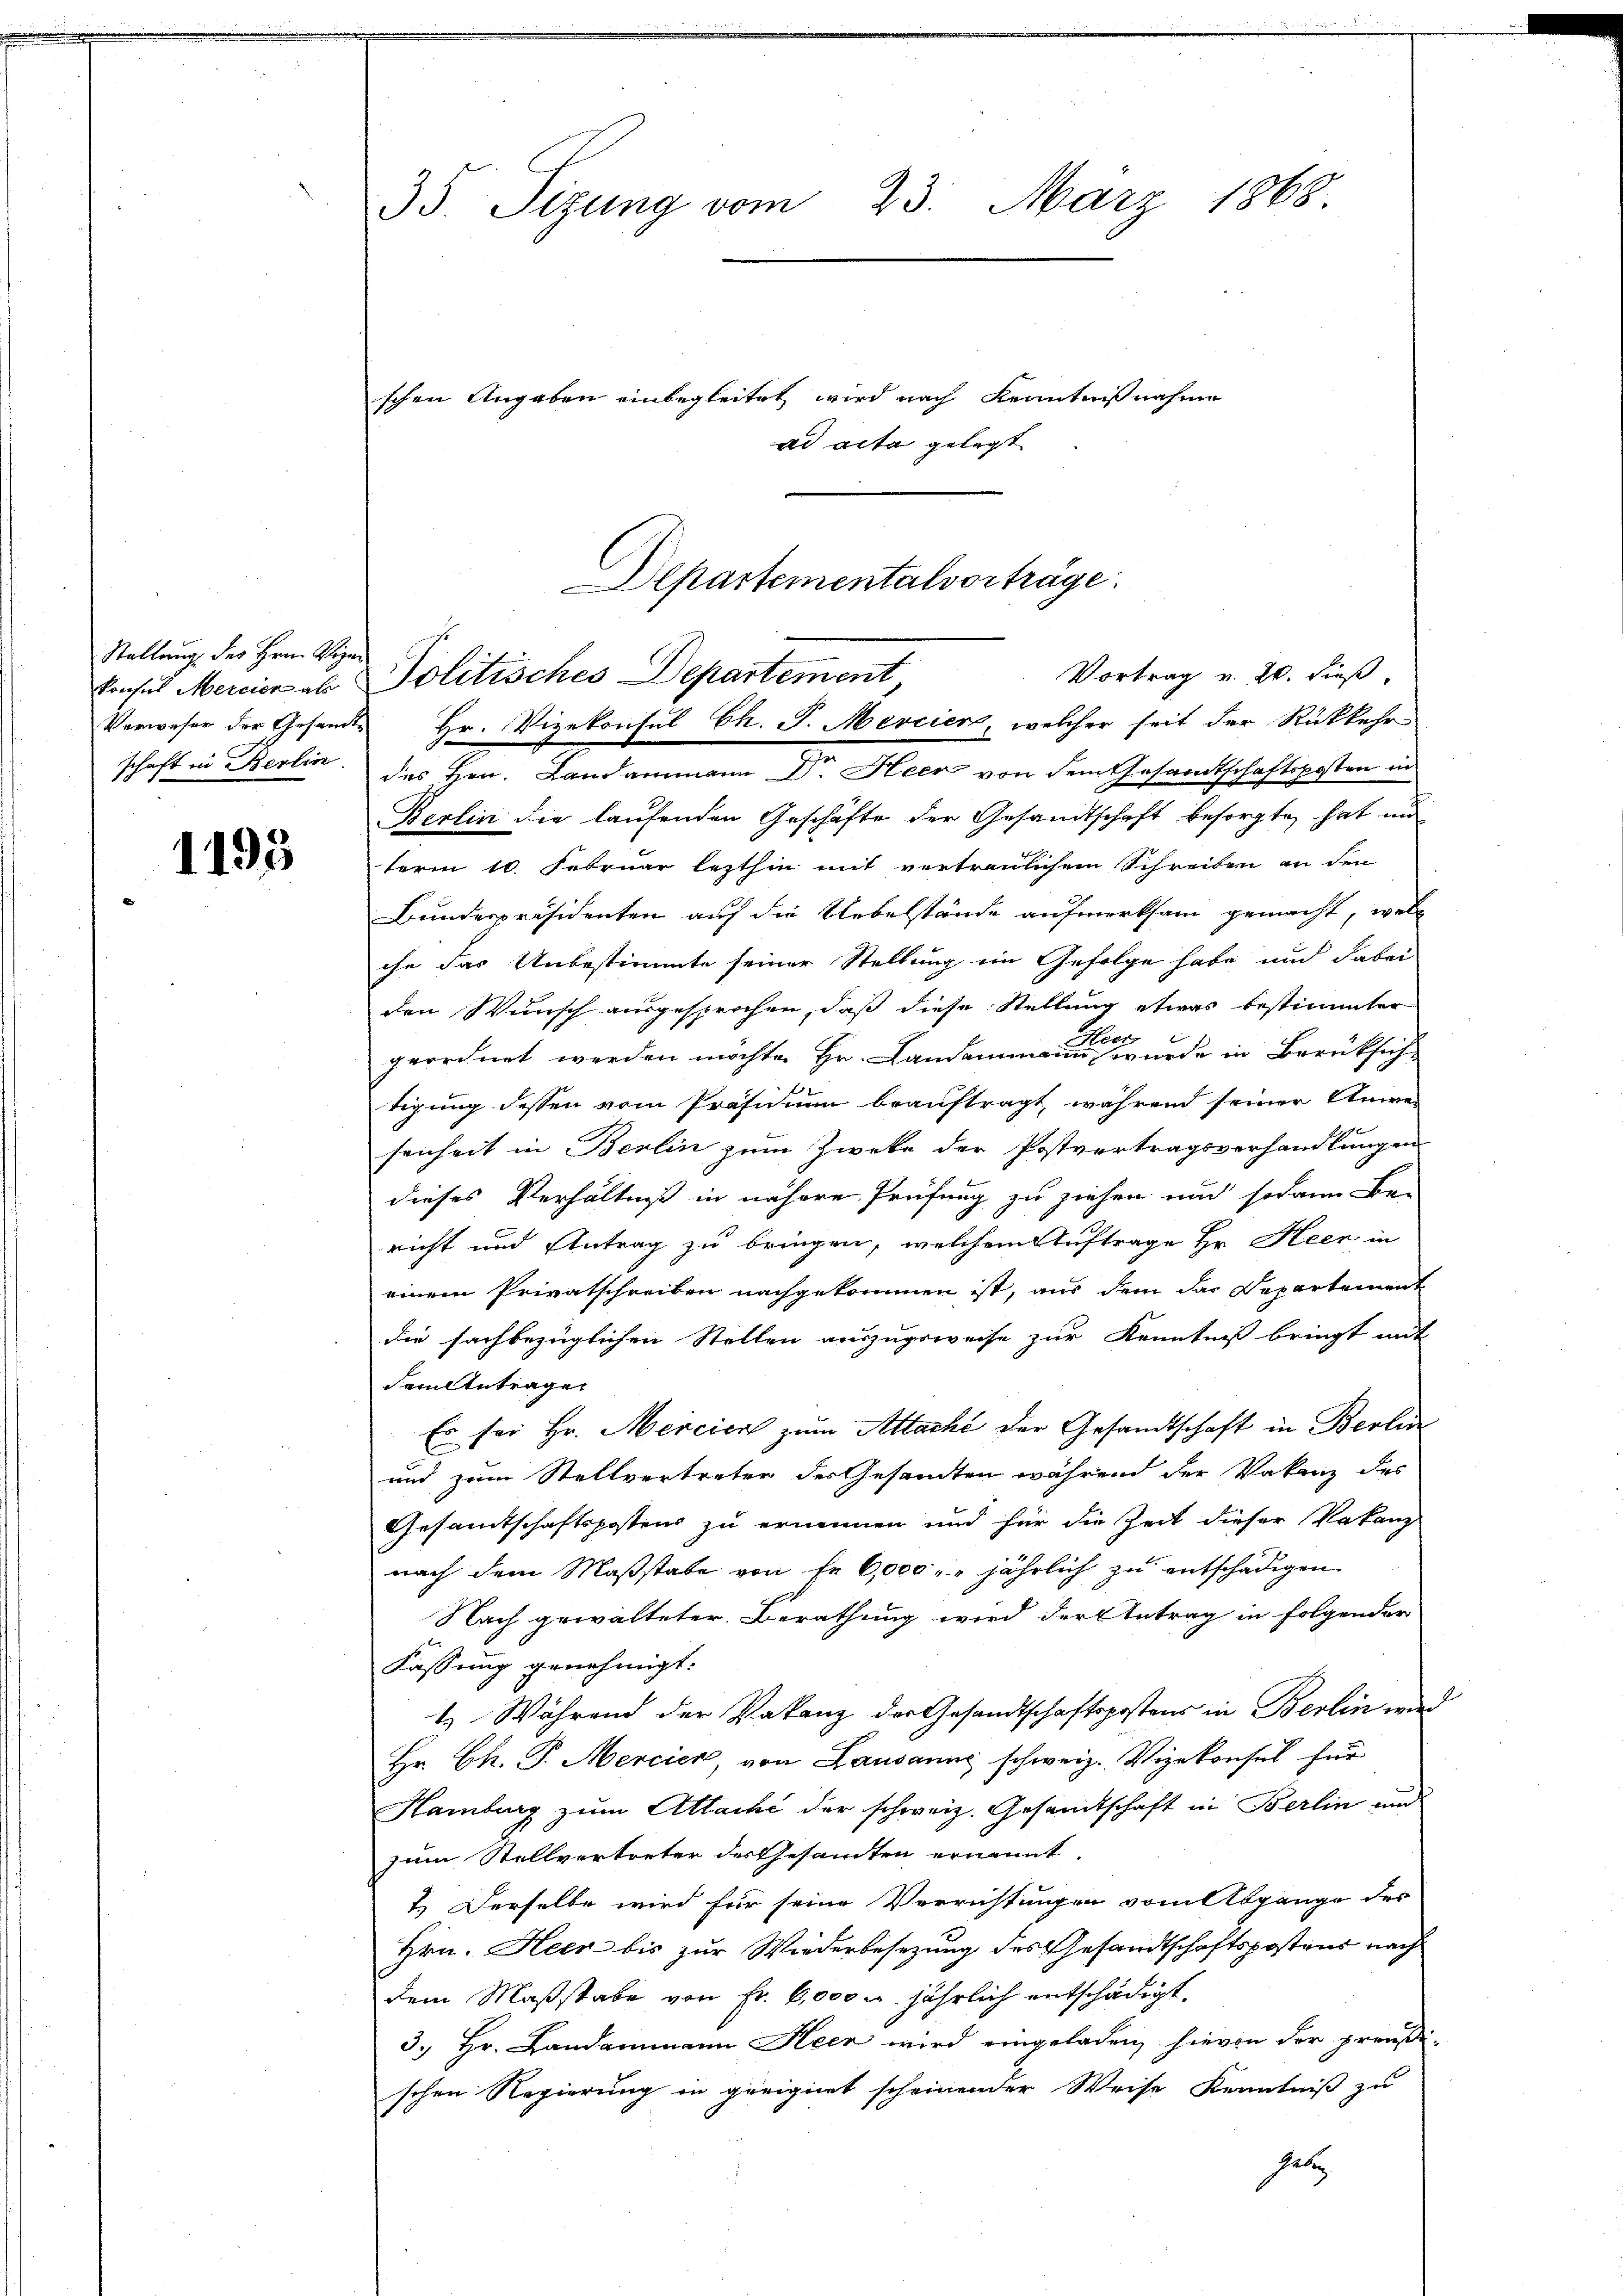
Stellung des Herrn Vier

1195

35. Sitzung vom 23. März 1868

ad acta gelegt

Departementalvorträge.
Vortrag v. 20. dieß,
konsus Mercice ab Politisches Departement,
Verweser der Gesandte Hr. Vizekonsul Ch. J. Mercier, welcher seit der Rückkehr-

schen Angaben einbegleitet wird nach Kenntnißnahme

schaft in Berlin des Hrn. Landammann Dr. Heer von dem Gesamtschaftsposten in
Berlin die laufenden Geschäfte der Gesandtschaft besorgte, hat un
term 10. Februar lezthin mit vertraulichem Schreiben an den
Bunderpräsidenten auf die Uebelstände aufmerksam gemacht, welch
che das Unbestimmte seiner Stellung ein Gefolge habe und dabei
den Wunsch ausgesprochen, daß diese Stellung etwas bestimmter
geordnet werden möchte Hr. wurde in Berücksich
tigung dessen vom Präsidium beauftragt, während seiner Unwe-
senheit in Berlin zum Zweke der Postvertragsverhandlungen
dieses Verhältniß in nähere Prüfung zu ziehen und sodann bei
richt und Antrag zu bringen, welchem Auftrage Hr. Heer in
einem Privatschreiben nachgekommen ist, aus dem das Departement
die sachbezüglichen Stellen auszugeweise zur Kenntniß bringt mit
dem Antrage.
Es sei Hr. Mercier zum Attaché der Gesandtschaft in Berlin
und zum Stellvertreter des Gesandten während der Vakanz des
Gesamtschaftspostens zu erinnen und für die Zeit dieser Vakanz
nach dem Maßstabe von fr 6,000 " " jährlich zu entschädigen
Nach gewalteter Berathung wird der Antrag in folgender
Fassung genehmigt:
t. Während der Pakanz der Gesandtschaftspostens in Berlin wird
Hr. Ch. T. Mercier, von Lausanne schweiz. Vizekonsul für
Hamburg zum Attaché der schweiz. Gesandtschaft in Berlin und
zum Stellvertreter des Gesandten ernannt.
2.) Derselbe wird für seine Verrichtungen vom Abgange des
Hrn. Heer bis zur Wiederbesezung des Gesandtschaftspostens nach
dem Maßstabe von Fr. 6,000 u. jährlich entschädigt.
3.) Hr. Landammann Heer wird eingeladen, hievon der preußischen Regierung in geeignet scheinender Weise Kenntniß zu
gate

E